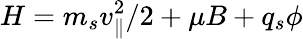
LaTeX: H=m_{s}v_{\parallel}^{2}/2+\mu B+q_{s}\phi